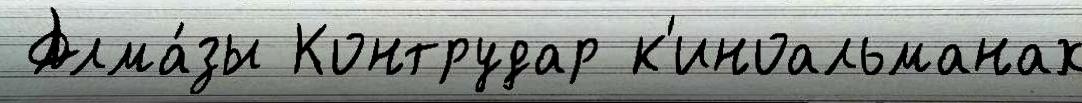
 Алма́зы Контрудар к'иноальманах